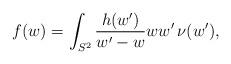
LaTeX: \begin{align*} f(w)=\int_{S^2}\frac{h(w')}{w'-w}ww'\,\nu(w'),\end{align*}